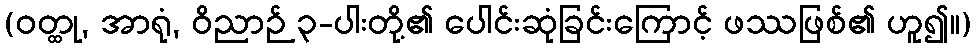
(ဝတ္ထု, အာရုံ, ဝိညာဉ် ၃-ပါးတို့၏ ပေါင်းဆုံခြင်းကြောင့် ဖဿဖြစ်၏ ဟူ၍။)